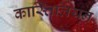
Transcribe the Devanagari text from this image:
कास्तिलियन